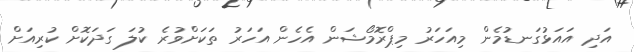
އަދި އައަޅުގަނޑުމެން މިއަހަރު މިޕްރޮމޯޝަން އެހެން އަހަރު ތަކަށްވުރެ ކުލަ ގަދަކޮށް ކުރިއަށް